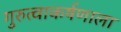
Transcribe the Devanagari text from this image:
गुरुत्वाकर्षणाला